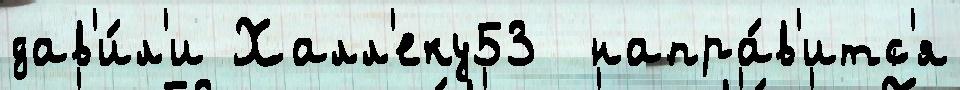
дав'и́л'и Халл'еку53  напра́в'итс'я